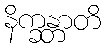
နိက္ခန္တာတိ